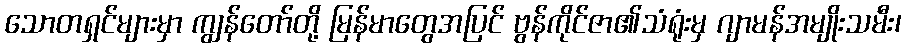
သောတရှင်များမှာ ကျွန်တော်တို့ မြန်မာတွေအပြင် ဗွန်ကိုင်ဇာ၏သံရုံးမှ ဂျာမန်အမျိုးသမီး၊